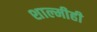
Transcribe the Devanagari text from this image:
शाल्मीही